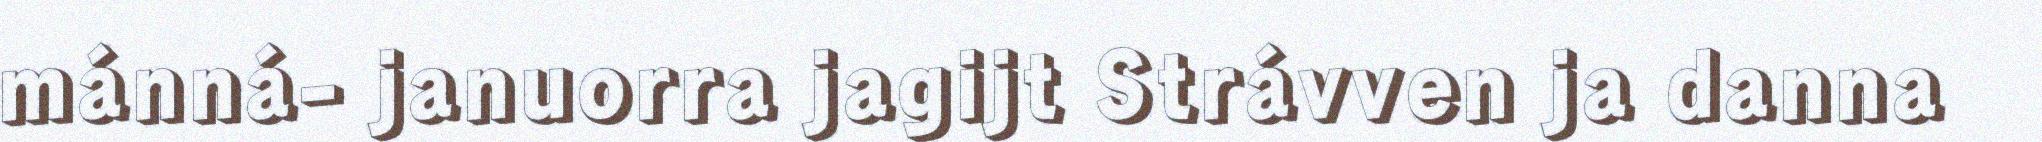
mánná- januorra jagijt Strávven ja danna